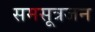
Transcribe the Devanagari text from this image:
समसूत्रजन